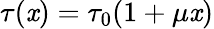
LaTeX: \tau(\mathit{x})=\tau_{0}(1+\mu\mathit{x})